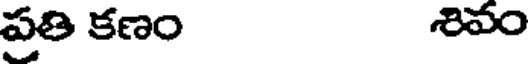
ప్రతి కణం శివం